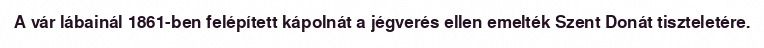
A vár lábainál 1861-ben felépített kápolnát a jégverés ellen emelték Szent Donát tiszteletére.